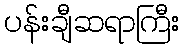
ပန်းချီဆရာကြီး